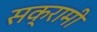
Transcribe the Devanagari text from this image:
सक्रामी